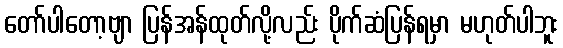
တော်ပါတော့ဗျာ ပြန်အန်ထုတ်လို့လည်း ပိုက်ဆံပြန်ရမှာ မဟုတ်ပါဘူး